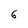
Character: 6